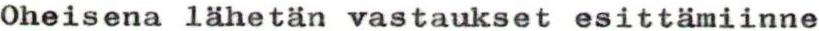
Oheisena lähetän vastaukset esittämiinne